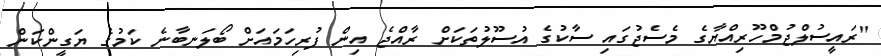
"ރައީސުލްޖުމްހޫރިއްޔާގެ މެސެޖުގައި ސާކުގެ އުސޫލުތަކަށް ރާއްޖެ އިން ފުރިހަމައަށް ބޯލަނބާނެ ކަމުގެ ޔަގީންކަން